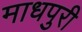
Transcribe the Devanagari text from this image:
माधपुरी